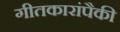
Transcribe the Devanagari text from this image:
गीतकारांपैकी